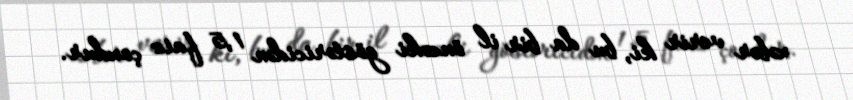
xəbər verir ki, bu da bir il öncəki göstəricidən 1,5 faiz çoxdur.